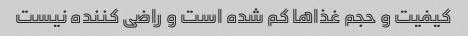
کیفیت و حجم غذا‌ها کم شده است و راضی کننده نیست